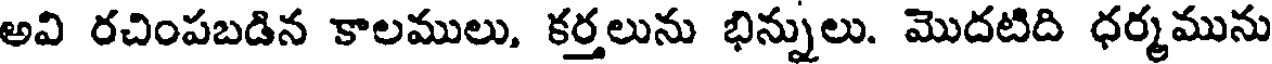
అవి రచింపబడిన కాలములు, కర్తలును భిన్నులు. మొదటిది ధర్మమును